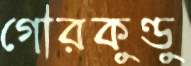
গৌরকুণ্ডু